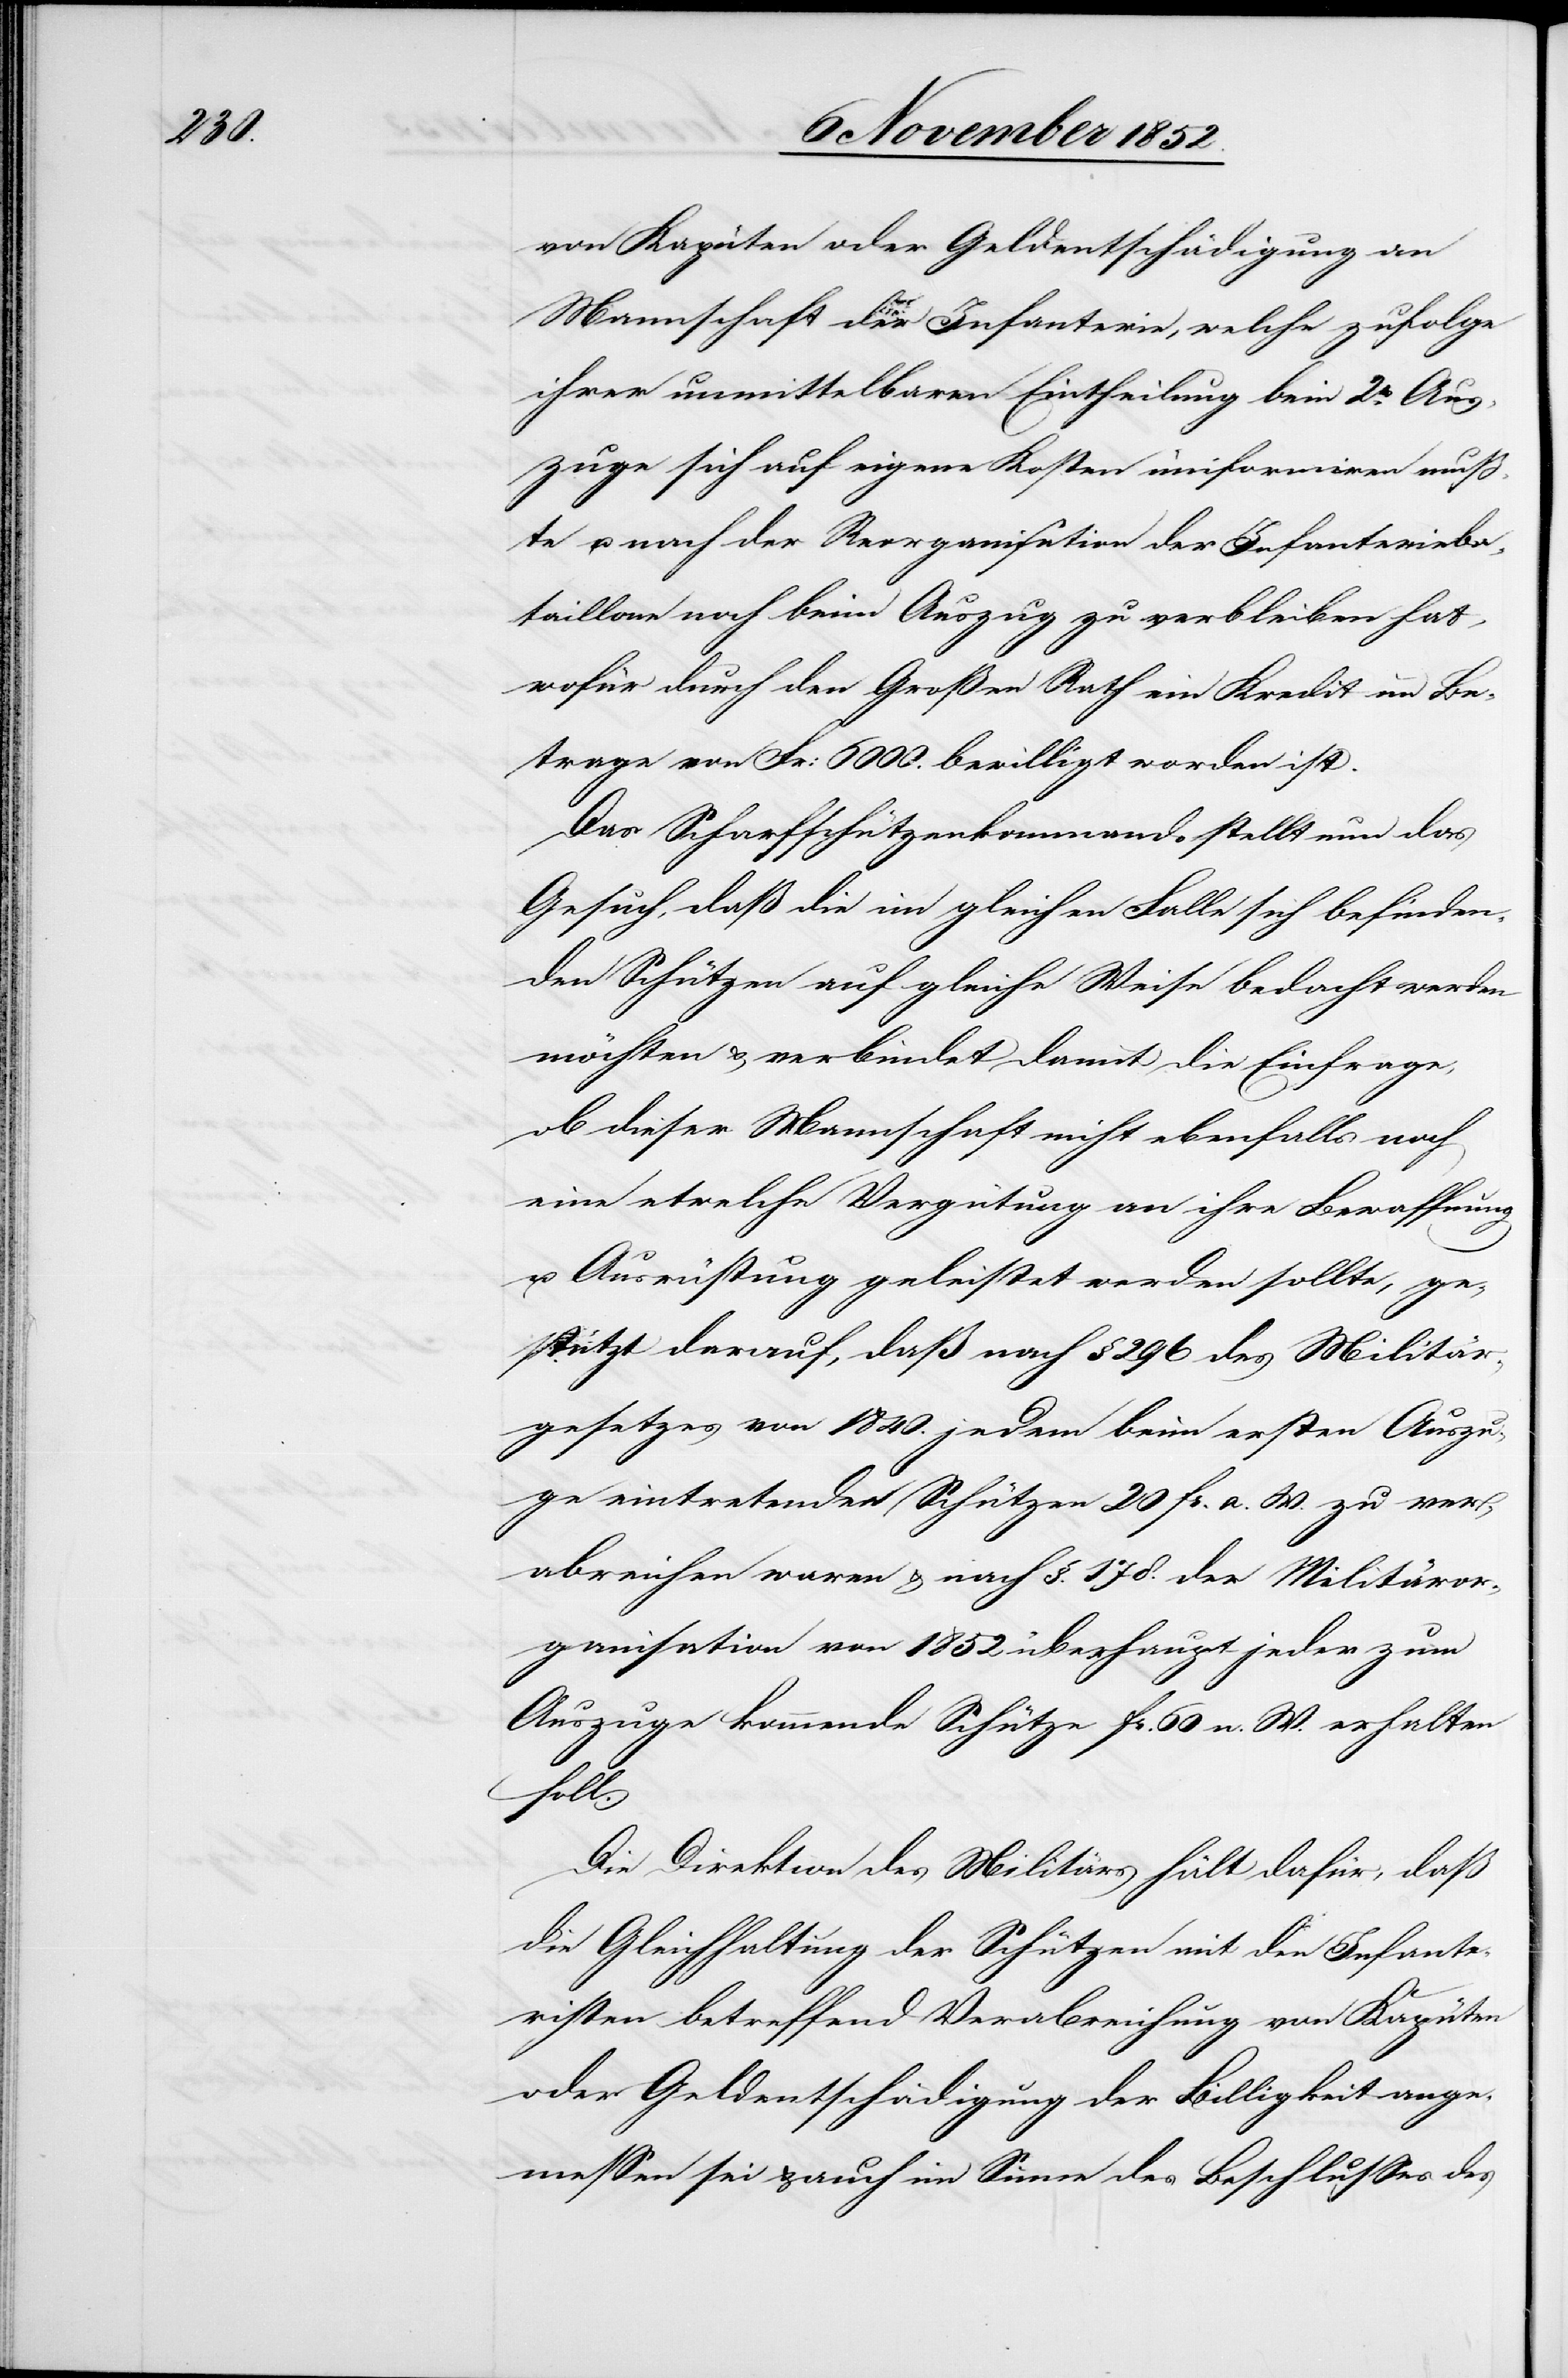
von Kapüten oder Geldentschädigung an
Mannschaft der Infanterie, welche zufolge
ihrer unmittelbaren Eintheilung beim 2t. Aus¬
zuge sich auf eigene Kosten uniformiren muß¬
te u. nach der Reorganisation der Infanterieba¬
taillone noch beim Auszug zu verbleiben hat,
wofür durch den Großen Rath ein Kredit im Be¬
trage von Fr: 6000. bewilligt worden ist.
Das Scharfschützenkommando stellt nun das
Gesuch, daß die im gleichen Falle sich befinden¬
den Schützen auf gleiche Weise bedacht werden
möchten & verbindet damit die Einfrage,
ob dieser Mannschaft nicht ebenfalls noch
eine etwelche Vergütung an ihre Bewaffnung
u. Ausrüstung geleistet werden sollte, ge¬
stützt darauf, daß nach § 296 des Militär¬
gesetzes von 1840. jedem beim ersten Auszu¬
ge eintretenden Schützen 20 Fr. a. W. zu ver¬
abreichen waren & nach §. 178. der Militäror¬
ganisation von 1852 überhaupt jeder zum
Auszuge kommende Schütze Fr. 60 n. W. erhalten
soll.
Die Direktion des Militärs hält dafür, daß
die Gleichhaltung der Schützen mit den Infante¬
risten betreffend Verabreichung von Kapüten
oder Geldentschädigung der Billigkeit ange¬
messen sei & auch im Sinne des Beschlusses des